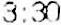
3:30